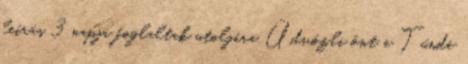
leírás 3 napja foglaltak utoljára Üdvözli önt a Tünde